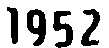
1952